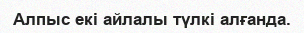
Алпыс екі айлалы түлкі алғанда.